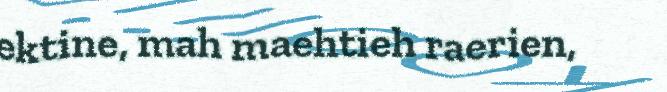
ektine, mah maehtieh raerien,